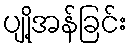
ပျို့အန်ခြင်း